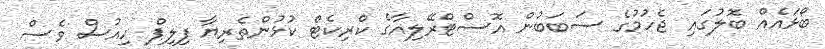
ބޯޅައެއް ބޮލުގައި ޖެހުމުގެ ސަބަބުން އޮސްޓްރޭލިއާގެ ކްރިކެޓް ކުޅުންތެރިޔާ ފިލިޕް ހިއުސް ވެސް